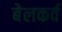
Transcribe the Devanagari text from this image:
बेलकर्व